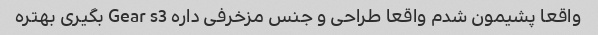
واقعا پشیمون شدم واقعا طراحی و جنس مزخرفی داره Gear s3 بگیری بهتره